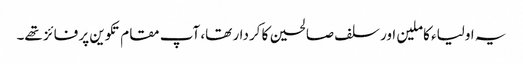
یہ اولیاء کاملین اور سلف صالحین کا کردار تھا، آپ مقام تکوین پر فائز تھے۔